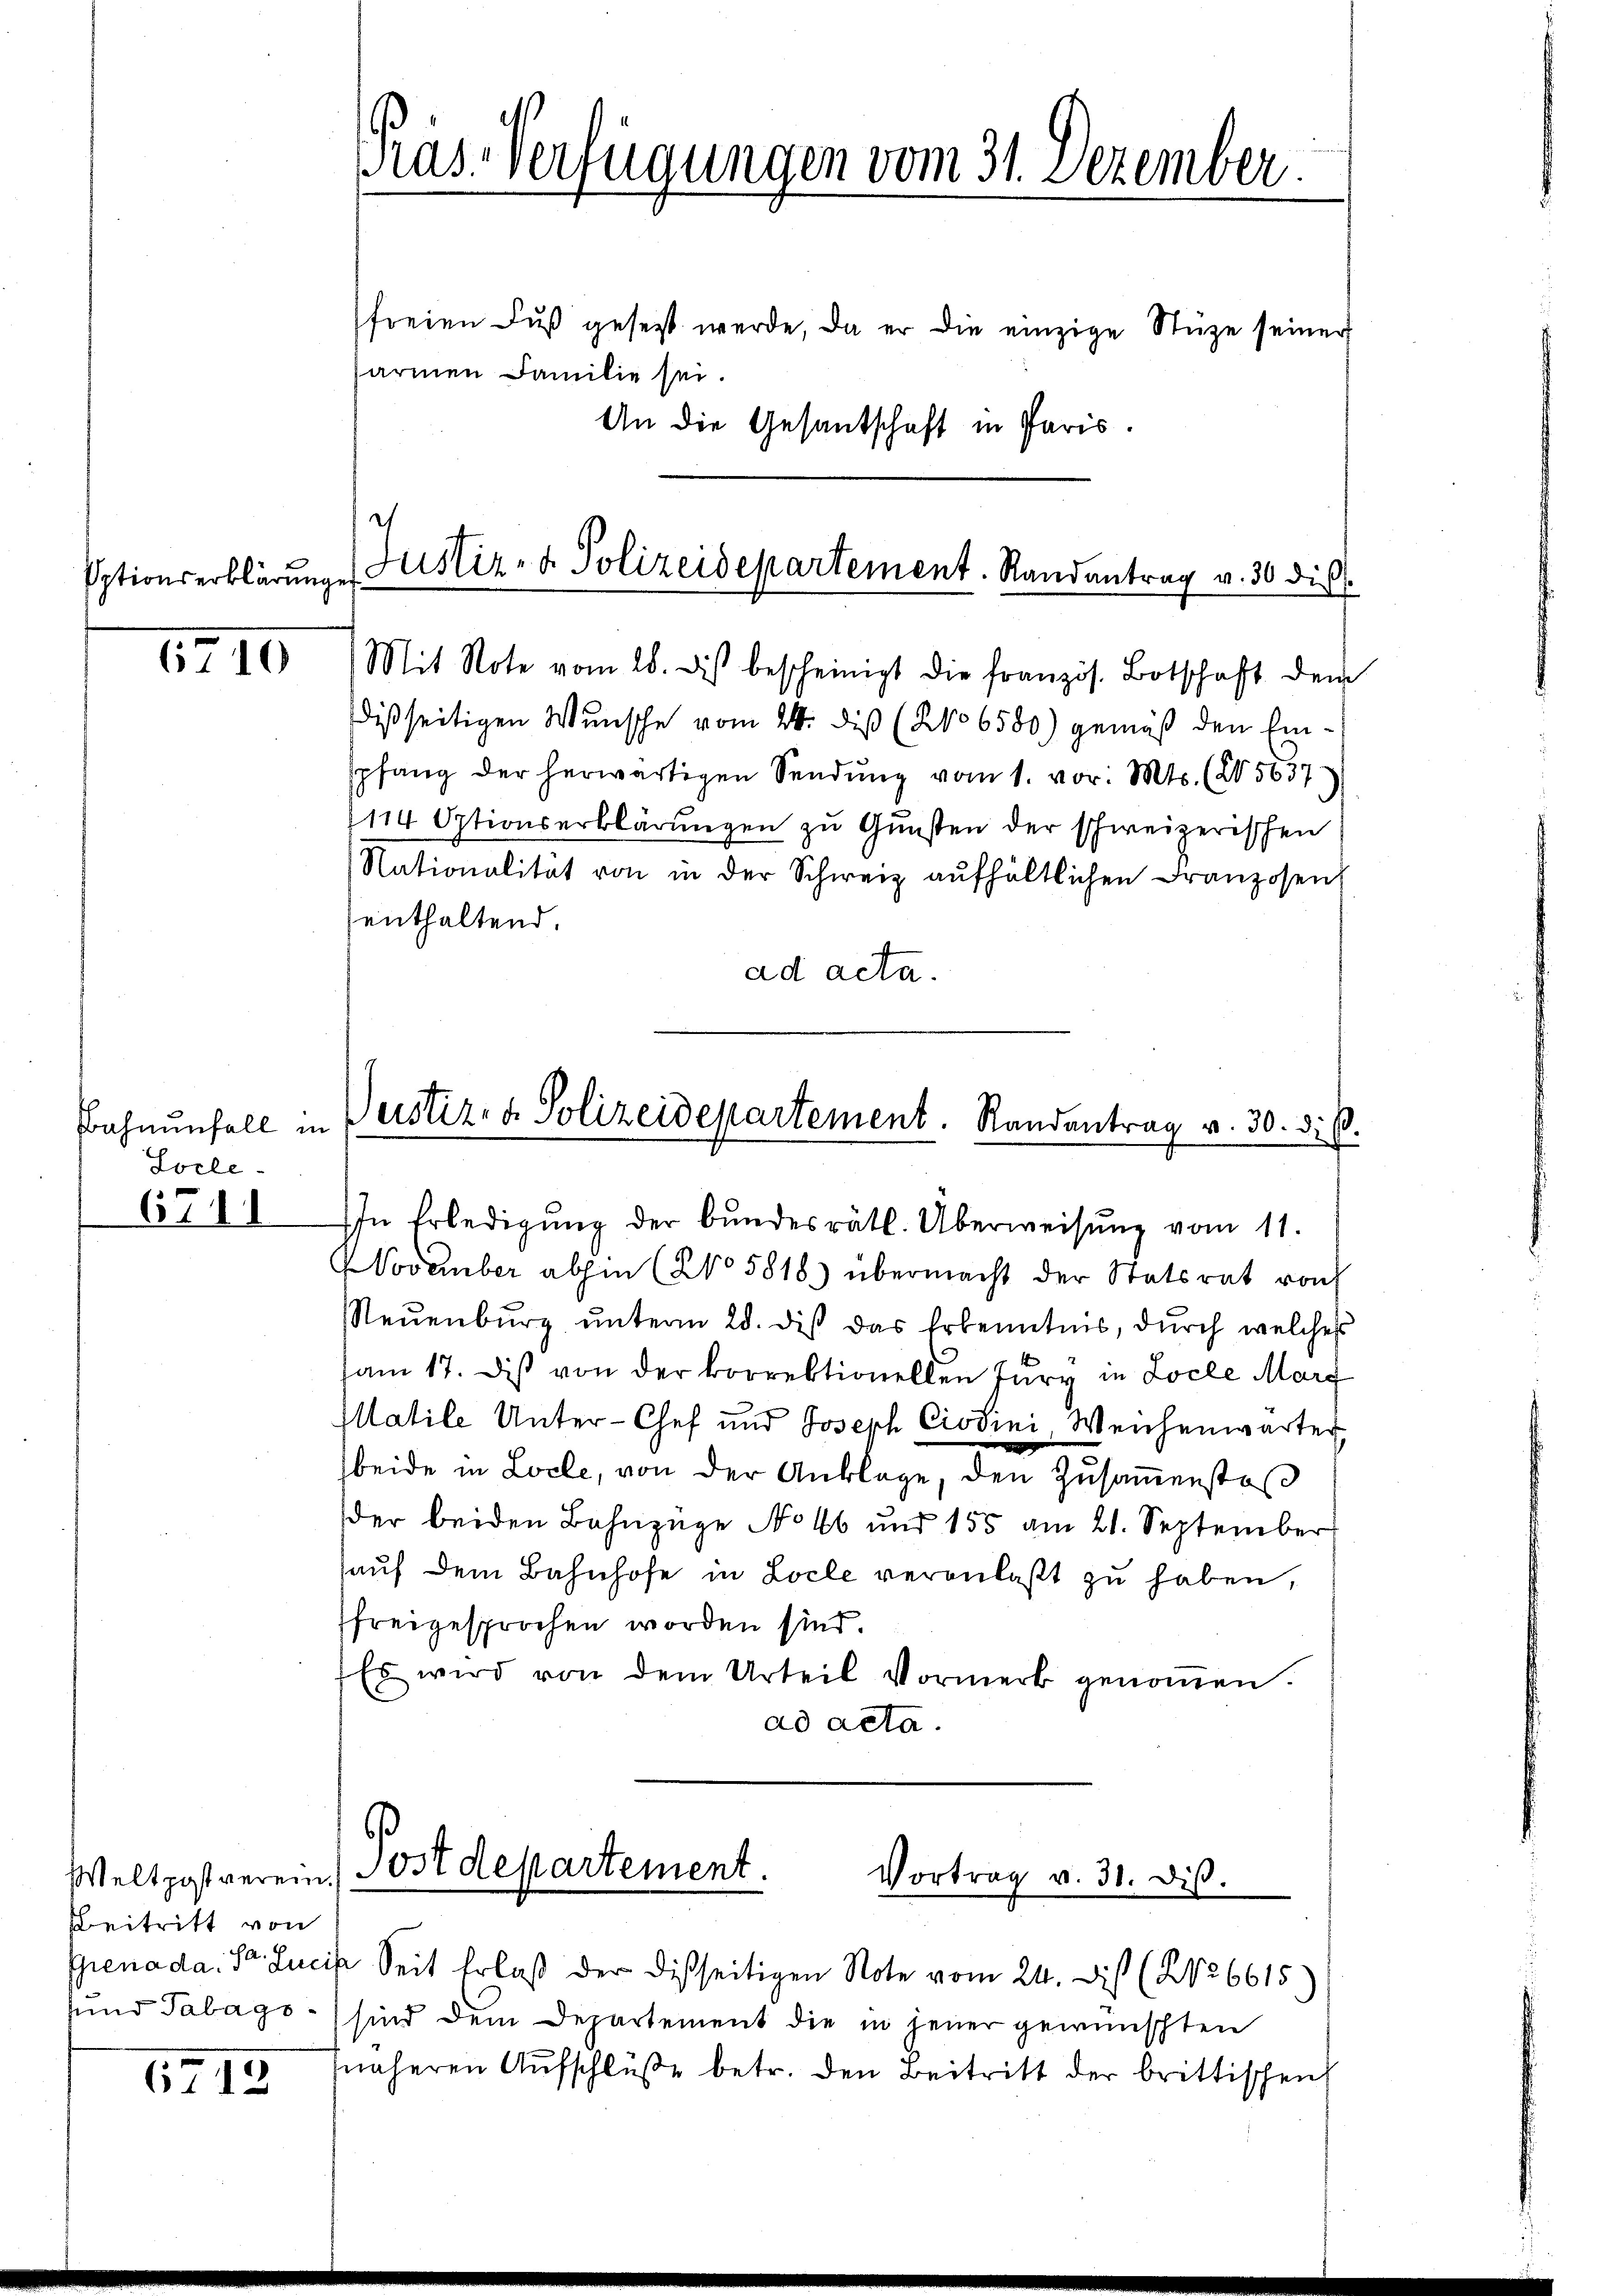
Sptionserklärunge

6710

Bahnenfall in
Socle
6711

Beitritt von
sund Tabags.

62 12

Präs. Verfügungen vom 31. Dezember.
freien Fŭβ gesetzt werde, da er die einzige Stüze seiner
sarmen Familie sei.
An die Gesantschaft in Paris.

Justiz- & Polizeidepartement. Randantrag v. 30 die

Justiz- & Polizeidepartement. Randantrag v. 30. d. B.

Mit Note vom 28. dis bescheinigt die französ. Botschaft dem
dißseitigen Wunsche vom 24. diß (No 6580) gemäß den Einspfang der herwärtigen Sendung vom 1. vor. Mts. (25637
114 Optionserklärungen zu Gunsten der schweizerischen
Nationalität von in der Schweiz aufhältlichen Franzosen,
enthaltend.
ad acta.
In Erledigŭng der Bŭndesrätl. Überweisŭng vom 11.
November abhin (No 5818) übermacht der Statsrat von
Neŭenbŭrg ŭnterm 28. diβ das Erkenntnis, durch welches
am 17. Dis von der korrektionellen Jury in Locle Marg
Matile Unter-Chef und Joseph Cistini Weichenwarter
beide in Locle, von der Anklage, den Zusammenstoß
der beiden Bahnzüge No 46 und 155 am 21. September
hauf dem Bahnhofe in Locle veranlaßt zu haben,
freigesprochen worden sind.
Es wird von dem Urteil Vormerk genoṁen.
ad acta.
s

Weltpostverein Postdepartement.
Vortrag v. 31. dis.

Grenada Sr. Lucis Seit Erlaß der dießseitigen Note vom 24. Dis (No 6615
sind dem Departement die in jener gewünschten
näheren Aŭfschlüβe betr. den Beitritt der brittischen